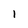
Character: I